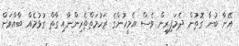
އޭނާ ބުނާ ގޮތުން ދެމަފިރިން ވެސް އެމީހުންގެ ރަހުމަތްތެރިންނާއި ގާތް ގުޅުމެއް ބާއްވަން